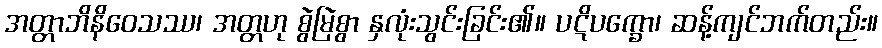
အတ္တာဘိနိဝေသဿ၊ အတ္တဟု စွဲမြဲစွာ နှလုံးသွင်းခြင်း၏။ ပဋိပက္ခော၊ ဆန့်ကျင်ဘက်တည်း။